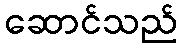
ဆောင်သည်